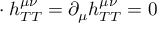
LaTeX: \mathbf { \partial } \cdot h _ { T T } ^ { \mu \nu } = \partial _ { \mu } h _ { T T } ^ { \mu \nu } = 0